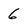
Character: 6